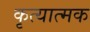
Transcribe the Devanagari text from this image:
कृत्यात्मक